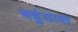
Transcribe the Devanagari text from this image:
बहुंताश